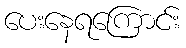
ပေးနေရကြောင်း